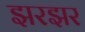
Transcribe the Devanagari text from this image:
झरझर